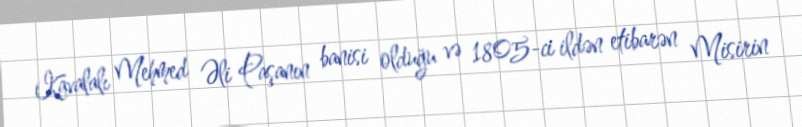
Kavalalı Mehmed Əli Paşanın banisi olduğu və 1805-ci ildən etibarən Misirin